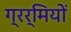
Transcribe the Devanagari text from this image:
ग्रर्मियों